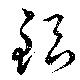
銀